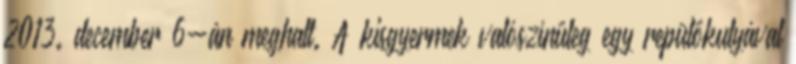
2013. december 6-án meghalt. A kisgyermek valószínűleg egy repülőkutyával